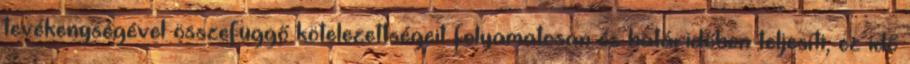
tevékenységével összefüggő kötelezettségeit folyamatosan és határidőben teljesíti, ez idő